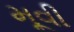
મૂવી